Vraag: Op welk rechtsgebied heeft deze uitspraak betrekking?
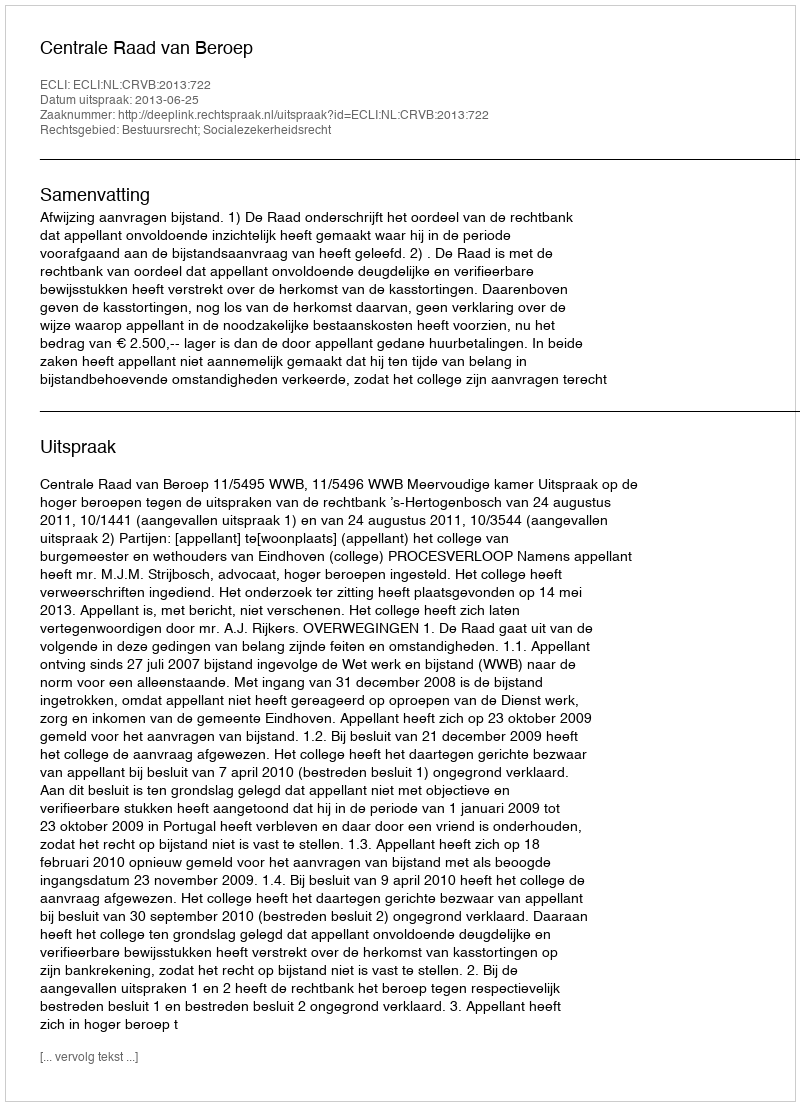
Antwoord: Bestuursrecht; Socialezekerheidsrecht